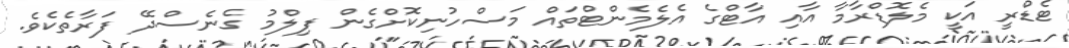
ޓެޑްރީ އަކީ މެލޮޑްރާމާ އާއި އާޓްގެ އެލެމެންޓްތައް މަސްހުނިކޮށްގެން ފިލްމު ގެނެސްދޭ ފަރާތެކެވެ.